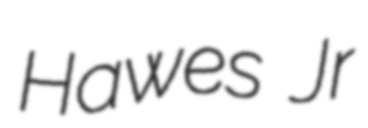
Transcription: Hawes Jr